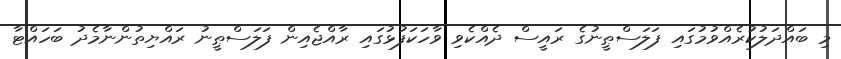
މި ބައްދަލުކުރެއްވުމުގައި ފަލަސްޠީނުގެ ރައީސް ދެއްކެވި ވާހަކަފުޅުގައި ރާއްޖެއިން ފަލަސްޠީނު ރައްޔިތުންނާމެދު ބަހައްޓާ